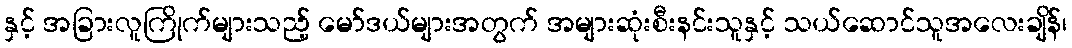
နှင့် အခြားလူကြိုက်များသည့် မော်ဒယ်များအတွက် အများဆုံးစီးနင်းသူနှင့် သယ်ဆောင်သူအလေးချိန်၊